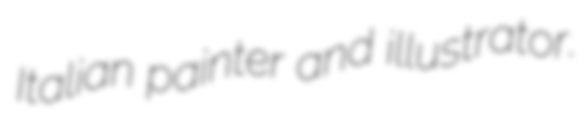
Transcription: Italian painter and illustrator.